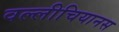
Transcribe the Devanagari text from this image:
वल्लीचियानस